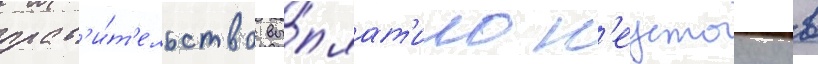
прав'и́т'ельство вы́плат'ило н'еустоику в